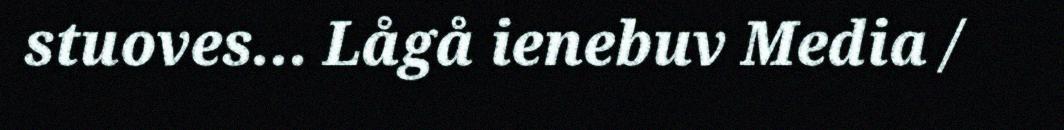
stuoves... Lågå ienebuv Media /